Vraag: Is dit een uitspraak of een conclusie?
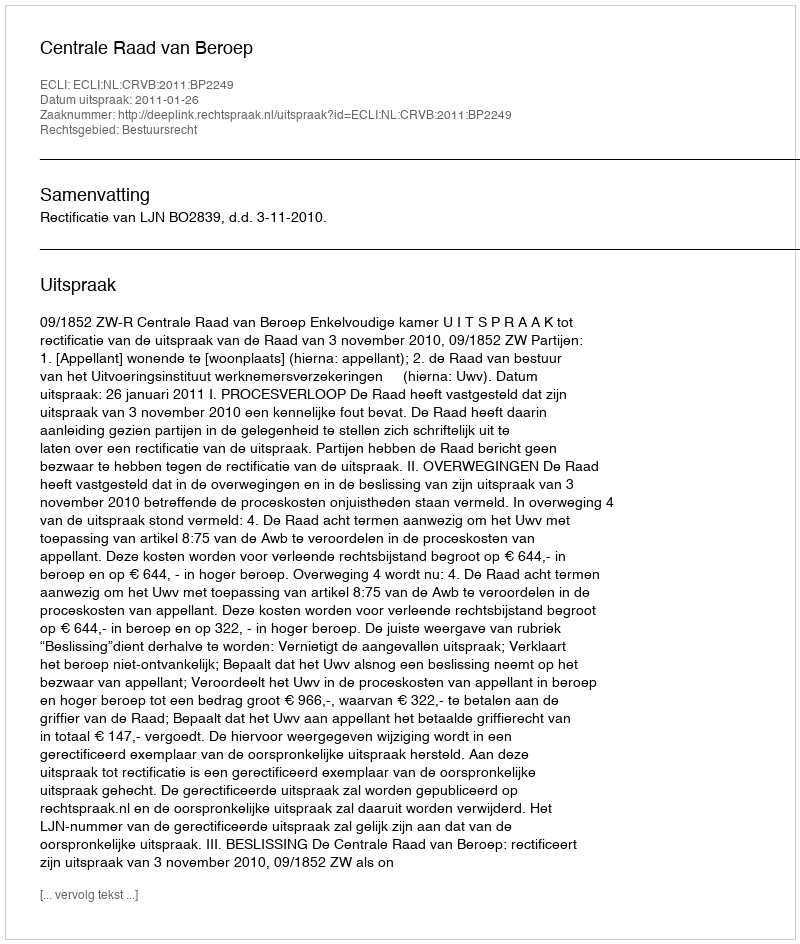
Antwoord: Uitspraak